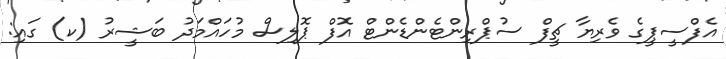
އެފްސީޕީގެ ވެރިޔާ ޗީފް ސުޕްރިންޓެންޑެންޓް އޮފް ޕޮލިސް މުހައްމަދު ބަޝީރު (ކ) ގައި: